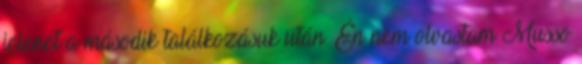
jelenet a második találkozásuk után. Én nem olvastam Musso